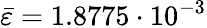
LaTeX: \bar{\varepsilon}=1.8775\cdot 10^{-3}